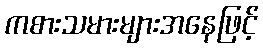
ကစားသမားများအနေဖြင့်